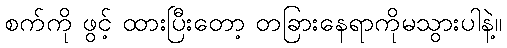
စက်ကို ဖွင့် ထားပြီးတော့ တခြားနေရာကိုမသွားပါနဲ့။